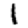
Digit: 1